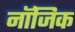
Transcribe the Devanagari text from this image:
नॉजिक